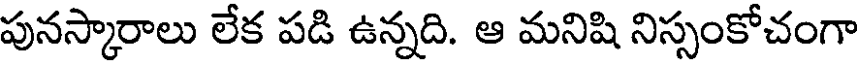
పునస్కారాలు లేక పడి ఉన్నది. ఆ మనిషి నిస్సంకోచంగా